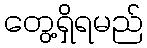
တွေ့ရှိရမည်